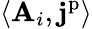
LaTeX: \langle\mathbf{A}_{i},\mathbf{j}^{\mathrm{p}}\rangle